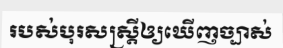
របស់បុរសស្ត្រីឲ្យឃើញច្បាស់